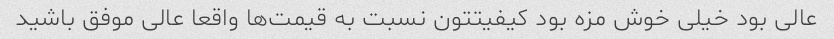
عالی بود خیلی خوش مزه بود کیفیتتون نسبت به قیمت‌ها واقعا عالی موفق باشید